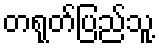
တရုတ်ပြည်သူ့